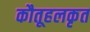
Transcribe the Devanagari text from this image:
कौतूहलकृत